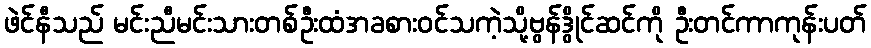
ဖဲင်နီသည် မင်းညီမင်းသားတစ်ဦးထံအခစားဝင်သကဲ့သို့ဗွန်ဒွိုင်ဆင်ကို ဦးတင်ကာကုန်းပတ်